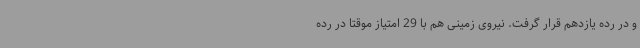
و در رده یازدهم قرار گرفت. نیروی زمینی هم با 29 امتیاز موقتا در رده